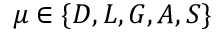
\mu \in \{ D , L , G , A , S \}